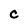
Character: C